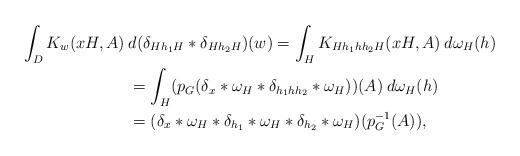
LaTeX: \begin{align*}\int_D K_w(xH,A)\> &d(\delta_{Hh_1H}*\delta_{Hh_2H})(w)= \int_H K_{Hh_1hh_2H}(xH,A)\> d\omega_H(h)\\&= \int_H (p_G(\delta_x*\omega_H*\delta_{h_1hh_2}*\omega_H))(A)\> d\omega_H(h)\\&=(\delta_x*\omega_H*\delta_{h_1}*\omega_H*\delta_{h_2}*\omega_H)(p_G^{-1}(A)),\end{align*}